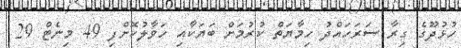
ހުޅުދޫގެ ގިރާ ސަރަހައްދު ހިމާޔަތް ކުރުމަށް ބަޔަކާއި ހަވާލުކޮށްފި 49 މިނެޓް 29